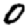
Digit: 0